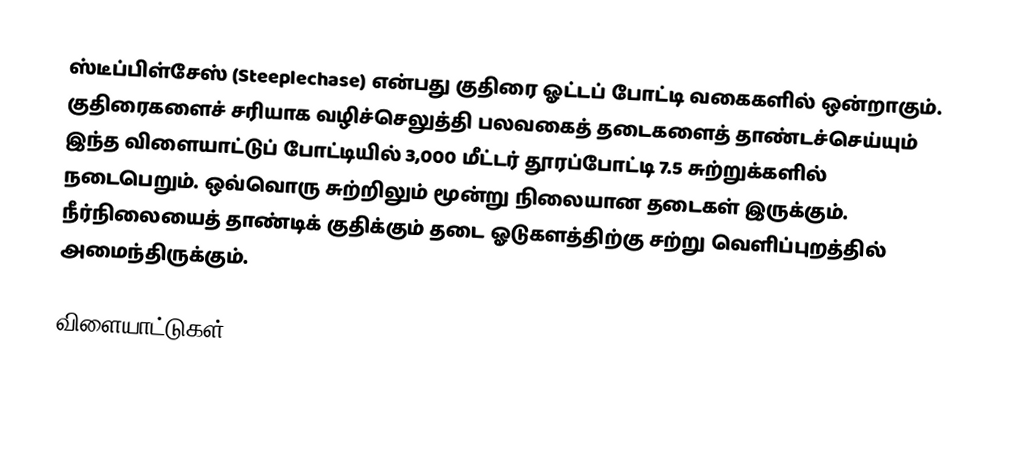
ஸ்டீப்பிள்சேஸ் (Steeplechase) என்பது குதிரை ஓட்டப் போட்டி வகைகளில் ஒன்றாகும். குதிரைகளைச் சரியாக வழிச்செலுத்தி பலவகைத் தடைகளைத் தாண்டச்செய்யும் இந்த விளையாட்டுப் போட்டியில் 3,000 மீட்டர் தூரப்போட்டி 7.5 சுற்றுக்களில் நடைபெறும். ஒவ்வொரு சுற்றிலும் மூன்று நிலையான தடைகள் இருக்கும். நீர்நிலையைத் தாண்டிக் குதிக்கும் தடை ஓடுகளத்திற்கு சற்று வெளிப்புறத்தில் அமைந்திருக்கும்.

விளையாட்டுகள்